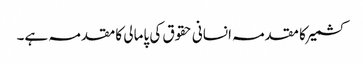
کشمیر کا مقدمہ انسانی حقوق کی پامالی کا مقدمہ ہے۔